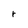
Character: r